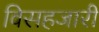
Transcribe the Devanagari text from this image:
विसहजारी